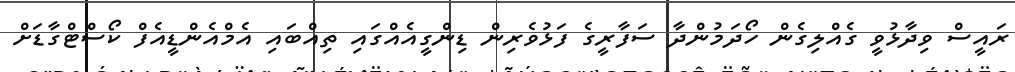
ރައީސް ވިދާޅުވީ ގެއްލިގެން ހޯދަމުންދާ ސަފާރީގެ ފަޅުވެރިން ޑިންގީއެއްގައި ތިއްބައި އެމްއެންޑީއެފް ކޯސްޓްގާޑަށް